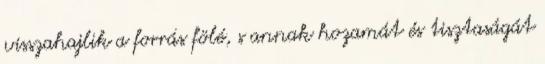
visszahajlik a forrás fölé, s annak hozamát és tisztaságát